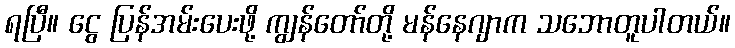
ရပြီ။ ငွေ ပြန်အမ်းပေးဖို့ ကျွန်တော်တို့ မန်နေဂျာက သဘောတူပါတယ်။